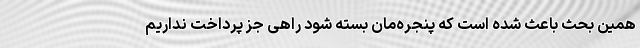
همین بحث باعث شده است که پنجره‌مان بسته شود راهی جز پرداخت نداریم